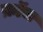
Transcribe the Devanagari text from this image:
क्रॉच